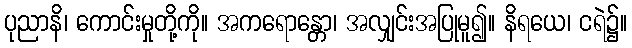
ပုညာနိ၊ ကောင်းမှုတို့ကို။ အကရောန္တော၊ အလျှင်းအပြုမူ၍။ နိရယေ၊ ငရဲ၌။